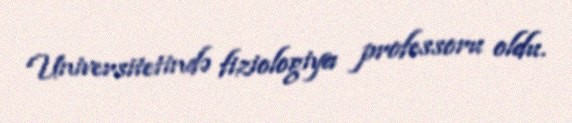
Universitetində fiziologiya professoru oldu.